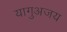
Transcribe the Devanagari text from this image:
यागुअजय